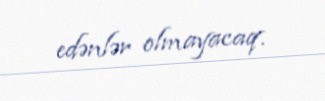
edənlər olmayacaq.